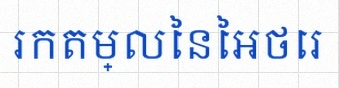
រកតម្លៃនៃអថេរ